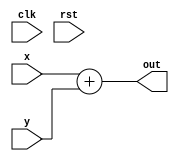
module adder (clk, rst, x, y, out);
    parameter integer WIDTH = 8;
    input clk, rst;
    input [WIDTH-1:0] x, y;
    output [WIDTH-1:0] out;

    assign out = x + y;

endmodule